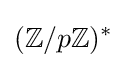
(\mathbb {Z} /p\mathbb {Z} )^{*}